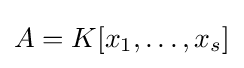
A=K[x_{1},\ldots ,x_{s}]